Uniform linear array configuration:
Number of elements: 64
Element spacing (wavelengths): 0.75
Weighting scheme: hann
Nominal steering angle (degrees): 30
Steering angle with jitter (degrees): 31.074
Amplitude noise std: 0.05
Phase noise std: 0.05

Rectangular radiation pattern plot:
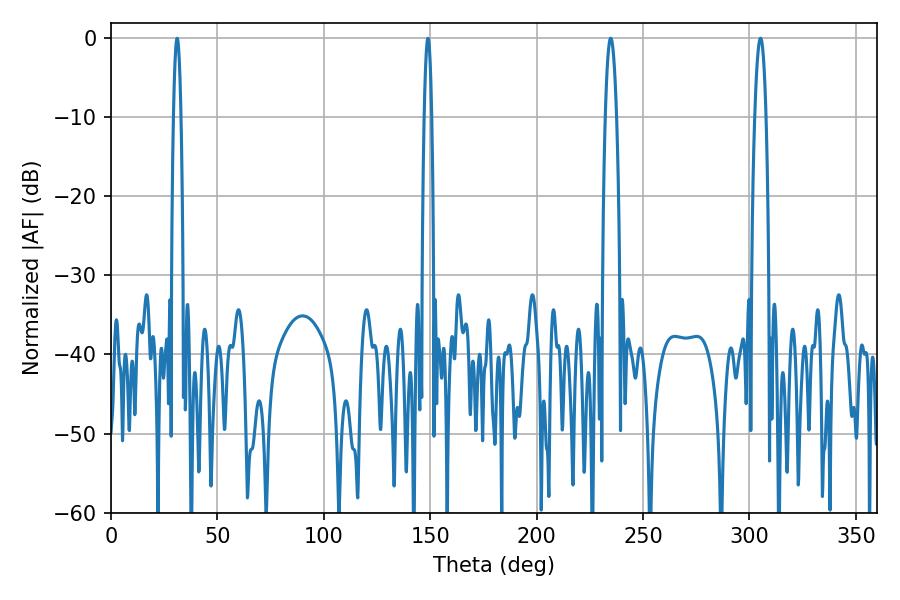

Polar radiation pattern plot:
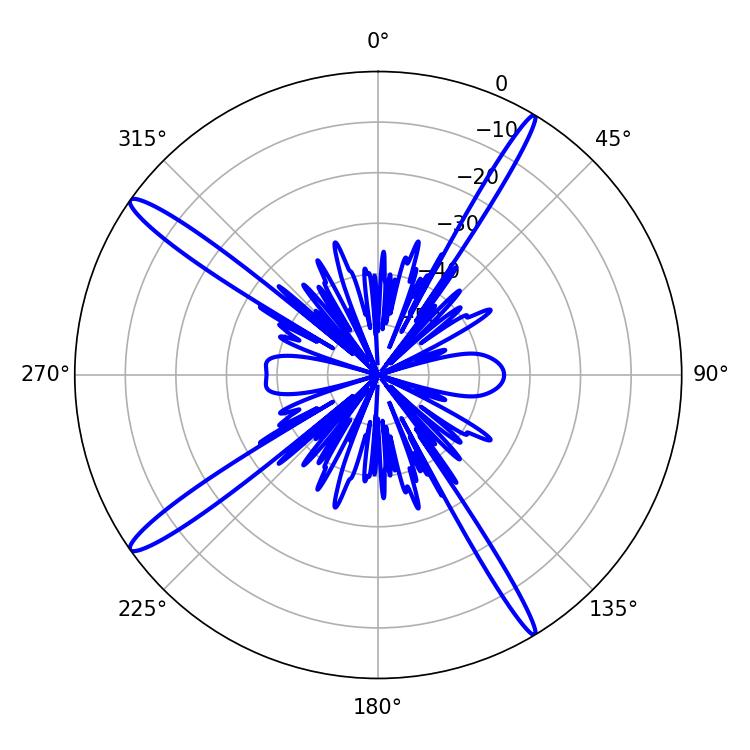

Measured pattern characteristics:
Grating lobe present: TRUE
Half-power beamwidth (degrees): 2.88
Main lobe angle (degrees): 305.28